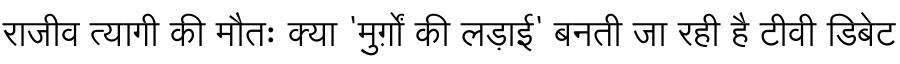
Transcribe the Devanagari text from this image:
राजीव त्यागी की मौतः क्या 'मुर्ग़ों की लड़ाई' बनती जा रही है टीवी डिबेट